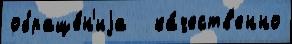
обраще́н'иjа   ка́честв'енно